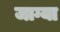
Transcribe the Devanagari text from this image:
जाग्या